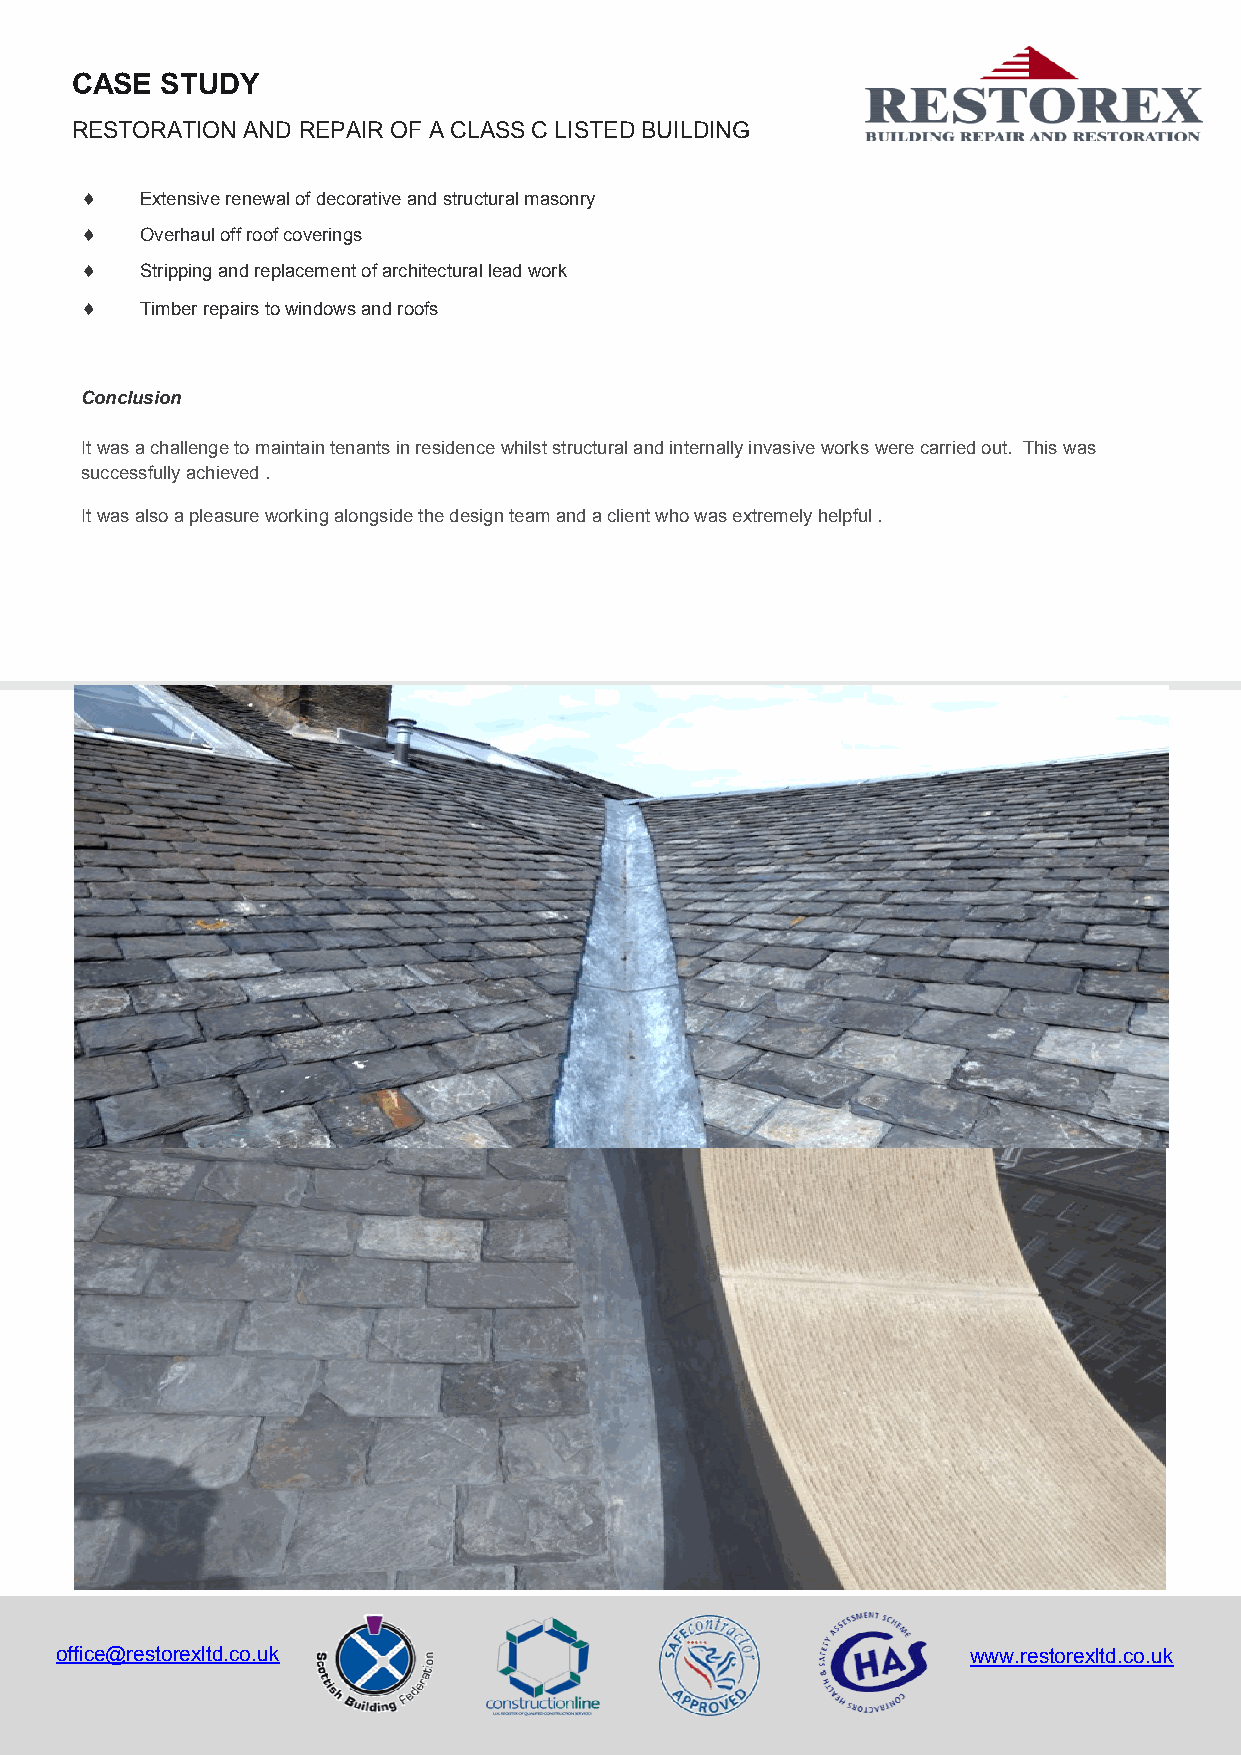
CASE  STUDY
 RESTORATION AND REPAIR OF A CLASS C LISTED BUILDING
    Extensive renewal of decorative and structural masonry
    Overhaul off roof coverings
    Stripping and replacement of architectural lead work
    Timber repairs to windows and roofs
 Conclusion
 It was a challenge to maintain tenants in residence whilst structural and internally invasive works were carried out. This was
 successfully achieved .
 It was also a pleasure working alongside the design team and a client who was extremely helpful .
 office@restorexltd.co.uk                                    www.restorexltd.co.uk